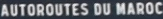
AUTOROUTES DU MAROC